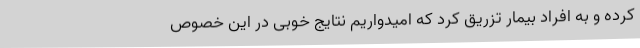
کرده و به افراد بیمار تزریق کرد که امیدواریم نتایج خوبی در این خصوص